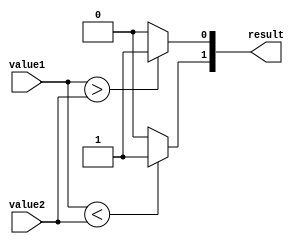
module comparator (
    input [31:0] value1,
    input [31:0] value2,
    output [1:0] result
);

assign result[1] = (value1 < value2) ? 1'b1 : 1'b0; // Less Than
assign result[0] = (value1 > value2) ? 1'b1 : 1'b0; // Greater Than

endmodule